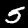
Digit: 5